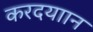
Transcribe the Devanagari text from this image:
करदयाान